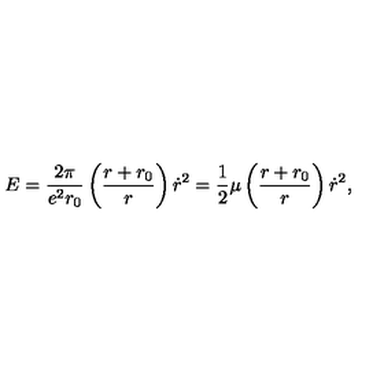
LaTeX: E = { \frac { 2 \pi } { e ^ { 2 } r _ { 0 } } } \left( { \frac { r + r _ { 0 } } { r } } \right) \dot { r } ^ { 2 } = { \frac { 1 } { 2 } } \mu \left( { \frac { r + r _ { 0 } } { r } } \right) \dot { r } ^ { 2 } ,